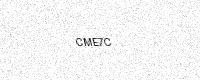
Text: CME7C